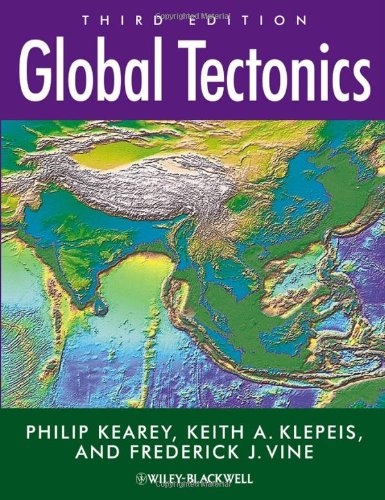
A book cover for Global Tectonics; Philip Kearey; Science & Math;